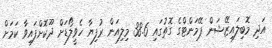
އަދި މޮބިލައިޒޭޝަން ޕޭމަންޓްގެ ގޮތުގައި 38.6 މިލިއަން ރުފިޔާ ހެވީލޯޑަށް ދޫކޮށްފައިވާ ކަމަށް